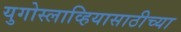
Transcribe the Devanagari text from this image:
युगोस्लाव्हियासाठीच्या